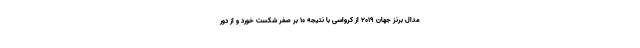
مدال برنز جهان ۲۰۱۹ از کرواسی با نتیجه ۱۰ بر صفر شکست خورد و از دور